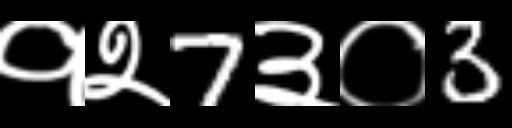
Text: १२7३०3